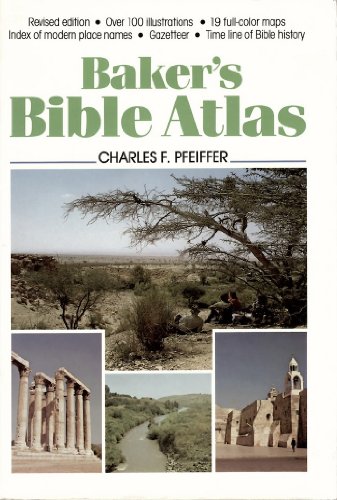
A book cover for Baker's Concise Bible Atlas: A Geographical Survey of Bible History; J. Carl Laney; Christian Books & Bibles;